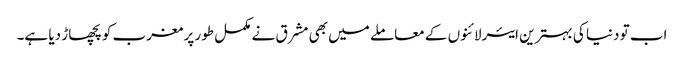
اب تو دنیا کی بہترین ایئرلائنوں کے معاملے میں بھی مشرق نے مکمل طور پر مغرب کو پچھاڑ دیا ہے۔